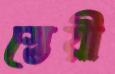
স্তেয়ী